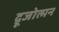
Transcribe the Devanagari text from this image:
द्रूजोत्मन